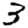
Digit: 3